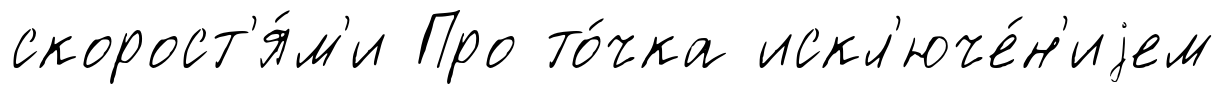
скорост'я́м'и Про то́чка искл'юче́н'иjем